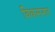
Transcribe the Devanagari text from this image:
विकसनात